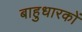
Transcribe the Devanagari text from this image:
बाहुधारकों